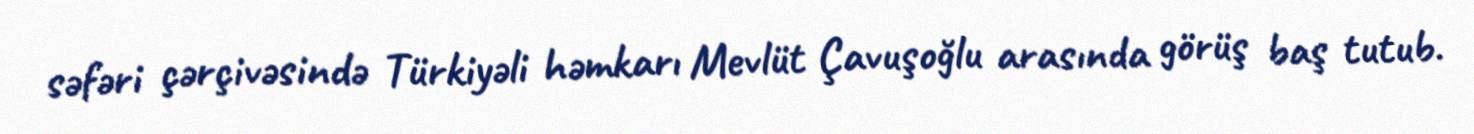
səfəri çərçivəsində Türkiyəli həmkarı Mevlüt Çavuşoğlu arasında görüş baş tutub.